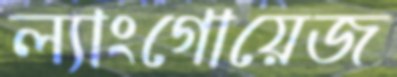
ল্যাংগোয়েজ